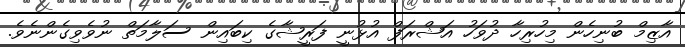
އާޒިމް ބުނިހެން މިހުރިހާ ދުވަހު އަޝްރަފް އުޅުނީ ފަރީޝާގެ ކިބައިން ސަލާމަތް ނުވެވިގެންނެވެ.